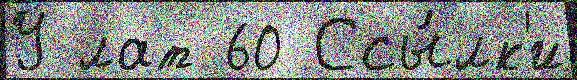
У лат 60 Ссы́лк'и